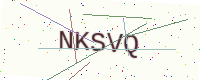
Text: NKSVQ